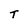
Character: T